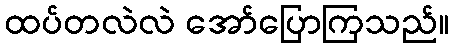
ထပ်တလဲလဲ အော်ပြောကြသည်။